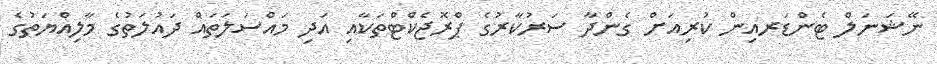
ނޭޝަނަލް ޓެންޑަރއިން ކުރިއަށް ގެންދާ ސަރުކާރުގެ ޕްރޮޖެކްޓްތަކާއި އަދި މައްސަލަތައް ދައުލަތުގެ މާލިއްޔަތުގެ